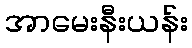
အာမေးနီးယန်း